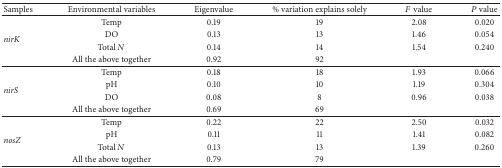
<table><thead><tr><td><b>Samples</b></td><td><b>Environmental variables</b></td><td><b>Eigenvalue</b></td><td><b>% variation explains solely </b></td><td><b><i>F</i> value</b></td><td><b><i>P</i> value</b></td></tr></thead><tbody><tr><td rowspan="4"><i>nirK </i></td><td>Temp</td><td>0.19</td><td>19</td><td>2.08</td><td>0.020</td></tr><tr><td>DO</td><td>0.13</td><td>13</td><td>1.46</td><td>0.054</td></tr><tr><td>Total <i>N</i></td><td>0.14</td><td>14</td><td>1.54</td><td>0.240</td></tr><tr><td>All the above together</td><td>0.92</td><td>92</td><td> </td><td> </td></tr><tr><td rowspan="4"><i>nirS </i></td><td>Temp</td><td>0.18</td><td>18</td><td>1.93</td><td>0.066</td></tr><tr><td>pH</td><td>0.10</td><td>10</td><td>1.19</td><td>0.304</td></tr><tr><td>DO</td><td>0.08</td><td>8</td><td>0.96</td><td>0.038</td></tr><tr><td>All the above together</td><td>0.69</td><td>69</td><td> </td><td> </td></tr><tr><td rowspan="4"><i>nosZ </i></td><td>Temp</td><td>0.22</td><td>22</td><td>2.50</td><td>0.032</td></tr><tr><td>pH</td><td>0.11</td><td>11</td><td>1.41</td><td>0.082</td></tr><tr><td>Total <i>N</i></td><td>0.13</td><td>13</td><td>1.39</td><td>0.260</td></tr><tr><td>All the above together</td><td>0.79</td><td>79</td><td> </td><td> </td></tr></tbody></table>